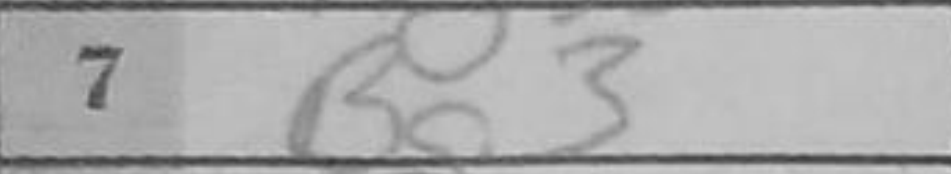
Transcription: Bg3